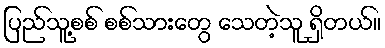
ပြည်သူ့စစ် စစ်သားတွေ သေတဲ့သူ ရှိတယ်။